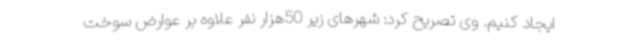
ایجاد کنیم. وی تصریح کرد: شهرهای زیر 50هزار نفر علاوه بر عوارض سوخت